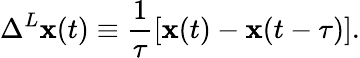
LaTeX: \Delta^{L}\mathbf{x}(t)\equiv\frac{{1}}{{\tau}}[\mathbf{x}(t)-\mathbf{x}(t-\tau)].